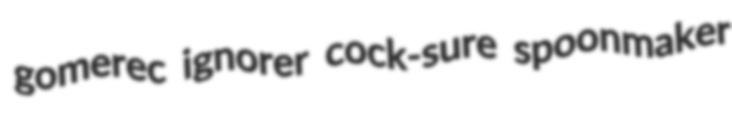
gomerec ignorer cock-sure spoonmaker